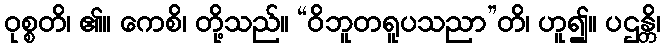
ဝုစ္စတိ၊ ၏။ ကေစိ၊ တို့သည်။ “ဝိဘူတရူပသညာ”တိ၊ ဟူ၍။ ပဌန္တိ၊